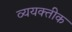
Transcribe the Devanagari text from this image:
व्ययक्तीक